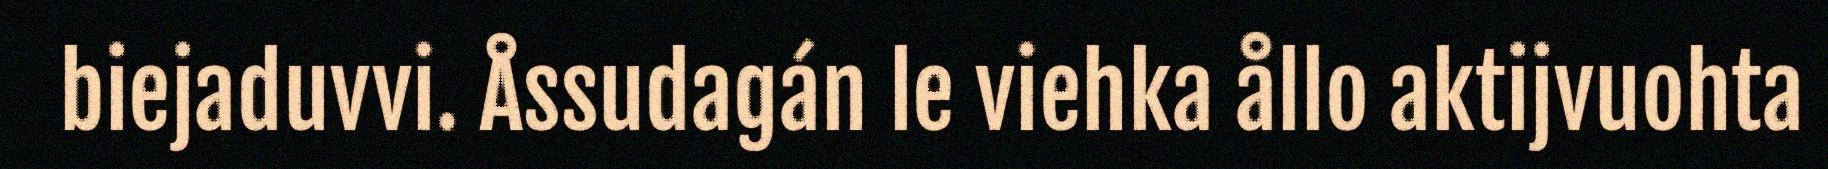
biejaduvvi. Åssudagán le viehka ållo aktijvuohta